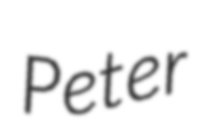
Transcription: Peter